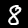
Label: 8